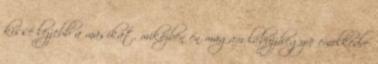
kissé lejjebb a másikat, miközben én magam lábujjhegyre emelkedve